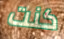
كنت